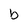
Character: b